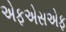
એફએસએફ